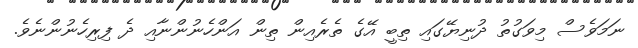
ނަމަވެސް މިވަގުތު ދުނިޔޭގައި ތިބީ އޭގެ ތެރެއިން ތިން އަންހެނުންނާއި ދެ ފިރިހެނުންނެވެ.